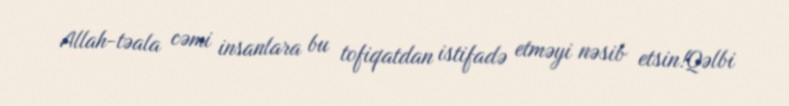
Allah-təala cəmi insanlara bu tofiqatdan istifadə etməyi nəsib etsin!Qəlbi